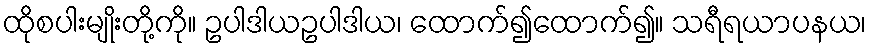
ထိုစပါးမျိုးတို့ကို။ ဥပါဒါယဥပါဒါယ၊ ထောက်၍ထောက်၍။ သရီရယာပနယ၊